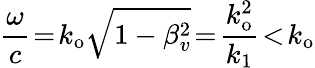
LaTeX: \frac{\omega}{c}\! =\! k_{\mathrm{o}}\sqrt{1-\beta_{v}^{2}}\! =\! \frac{k_{\mathrm{o}}^{2}}{k_{1}}\! <\! k_{\mathrm{o}}